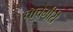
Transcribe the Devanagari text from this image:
चाचेगीरी